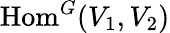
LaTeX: {\mathrm{Hom}}^{G}(V_{1},V_{2})